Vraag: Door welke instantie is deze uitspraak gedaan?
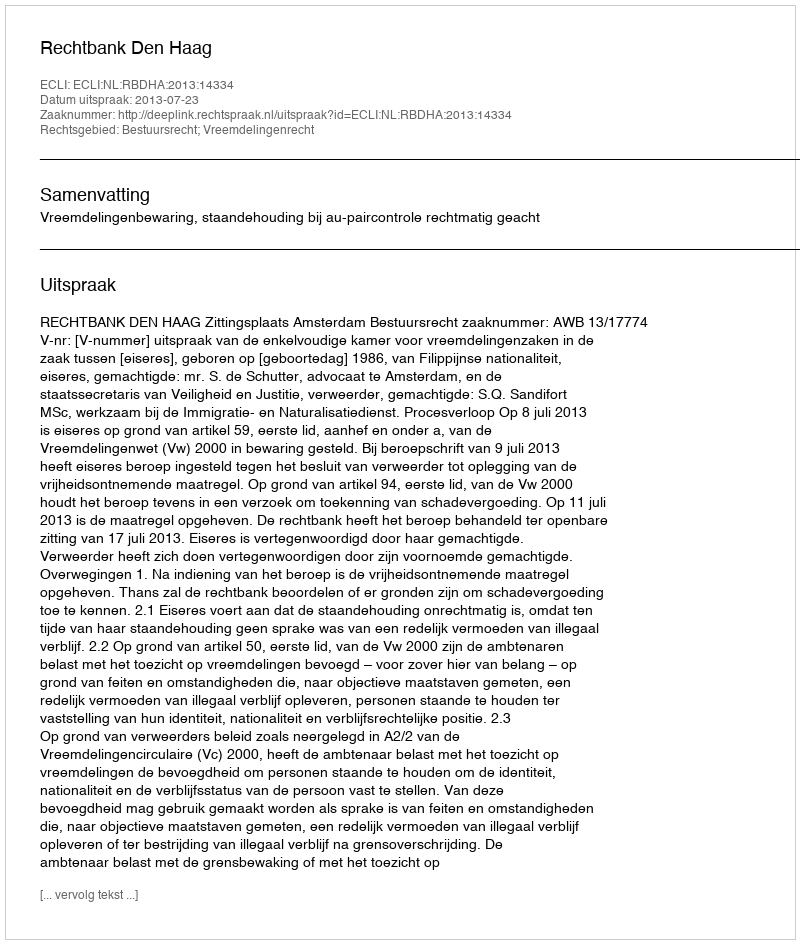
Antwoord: Rechtbank Den Haag